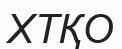
ХТҚО